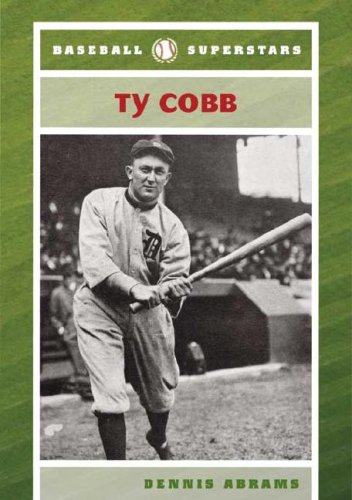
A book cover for Ty Cobb (Baseball Superstars); Dennis Abrams; Teen & Young Adult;